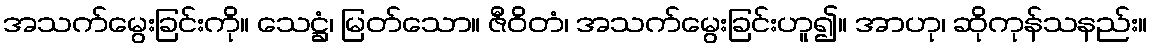
အသက်မွေးခြင်းကို။ သေဋ္ဌံ၊ မြတ်သော။ ဇီဝိတံ၊ အသက်မွေးခြင်းဟူ၍။ အာဟု၊ ဆိုကုန်သနည်း။